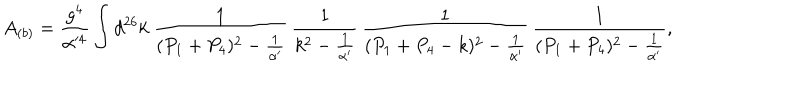
A _ { ( b ) } = \frac { g ^ { 4 } } { \alpha ^ { 4 } } \int d ^ { 2 6 } k ~ \frac { 1 } { ( P _ { 1 } + P _ { 4 } ) ^ { 2 } - \frac { 1 } { \alpha ^ { \prime } } } \, \frac { 1 } { k ^ { 2 } - \frac { 1 } { \alpha ^ { \prime } } } \, \frac { 1 } { ( P _ { 1 } + P _ { 4 } - k ) ^ { 2 } - \frac { 1 } { \alpha ^ { \prime } } } \, \frac { 1 } { ( P _ { 1 } + P _ { 4 } ) ^ { 2 } - \frac { 1 } { \alpha ^ { \prime } } } ,